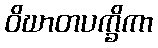
ဝိဃာတပက္ခိကာ